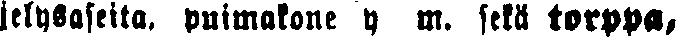
jelysaseita, puimakone y m. sekä torppa,